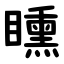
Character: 矄